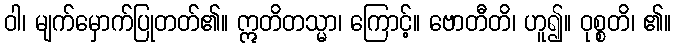
ဝါ၊ မျက်မှောက်ပြုတတ်၏။ ဣတိတသ္မာ၊ ကြောင့်။ ဗောတီတိ၊ ဟူ၍။ ဝုစ္စတိ၊ ၏။